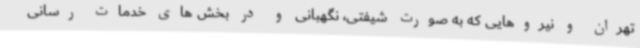
تهران و نیروهایی که به صورت شیفتی، نگهبانی و در بخش های خدمات رسانی